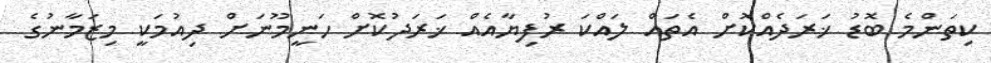
ކިތަންމެ ބޮޑު ޚަރަދެއްކޮށް އެތައް ލައްކަ ރުފިޔާއެއް ޚަރަދުކޮށް ހަނީމޫނަށް ދިއުމަކީ މިޒަމާނުގެ